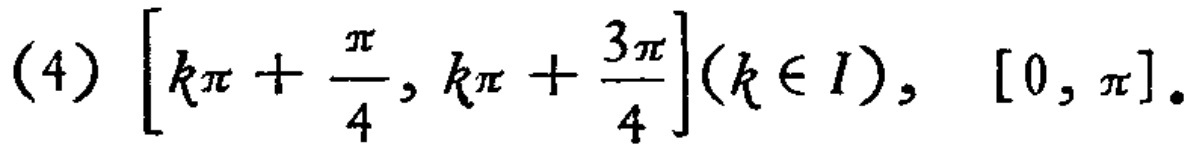
\((4)\ \left[k\pi+\frac{\pi}{4},k\pi+\frac{3\pi}{4}\right](k\in I),\ [0,\pi].\)